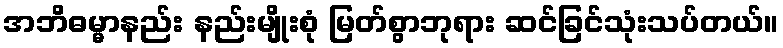
အဘိဓမ္မာနည်း နည်းမျိုးစုံ မြတ်စွာဘုရား ဆင်ခြင်သုံးသပ်တယ်။